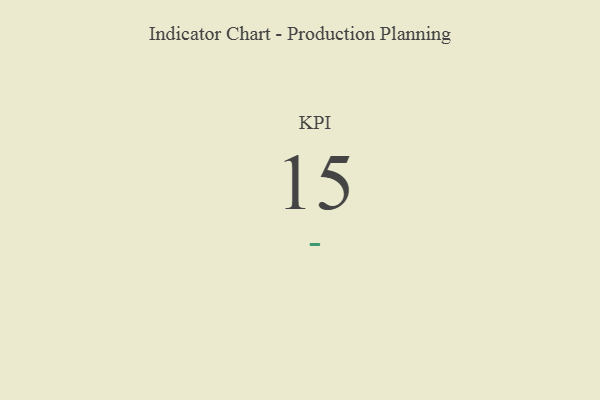
{"axis": {"x": "KPI", "y": "Value"}, "legend": [""], "data": [{"x": "KPI", "y": 15, "type": ""}]}